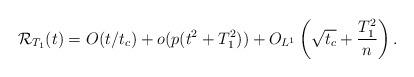
LaTeX: \begin{align*}{\cal R}_{T_1}(t)= O(t/t_c)+o(p(t^2+T_1^2))+O_{L^1}\left( \sqrt{t_c} + \frac{T_1^2}{n}\right).\end{align*}